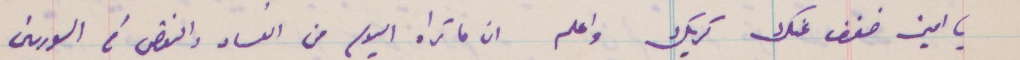
يا امين خفف عنك كربك واعل ان ما تراه اليوم من الفساد والنقص في السوريين